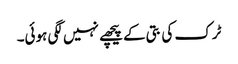
ٹرک کی بتی کے پیچھے نہیں لگی ہوئی۔